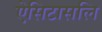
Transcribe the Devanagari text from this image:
ऐसिटासलि